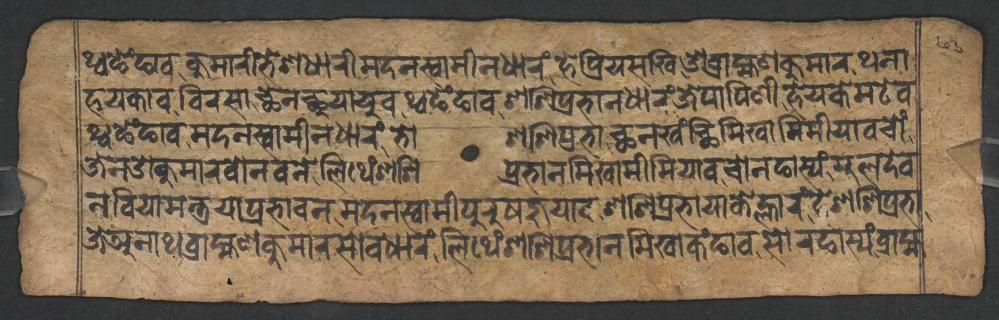
𑐠𑑂𑐰𑐒𑐾𑑄𑐒𑐵𑐰𑐎𑐸𑐩𑐵𑐬𑐷𑐨𑐾𑐱𑐢𑐵𑐬𑐷𑐩𑐡𑐣𑐳𑑂𑐰𑐵𑐩𑐷𑐣𑐢𑐵𑐬𑑄𑐴𑐾𑐥𑑂𑐬𑐶𑐫𑐳𑐏𑐶𑐌𑐧𑑂𑐬𑐵𑐴𑑂𑐩𑐞𑐎𑐸𑐩𑐵𑐬𑐠𑐣𑐵 𑐴𑐫𑐎𑐵𑐰𑐧𑐶𑐬𑐳𑐵𑐕𑐾𑐣𑐕𑐸𑐫𑐵𑐫𑐸𑐰𑐠𑑂𑐰𑐒𑐾𑑄𑐒𑐵𑐰𑐱𑐱𑐶𑐥𑑂𑐬𑐨𑐵𑐣𑐢𑐵𑐬𑑄𑐖𑐾𑐥𑐵𑐥𑐶𑐞𑐷𑐴𑐾𑐫𑐎𑐾𑐩𑐚𑐾𑐰 𑐠𑑂𑐰𑐒𑐾𑑄𑐒𑐵𑐰𑐩𑐡𑐣𑐳𑑂𑐰𑐵𑐩𑐷𑐣𑐢𑐵𑐬𑑄𑐨𑑀𑐱𑐱𑐶𑐥𑑂𑐬𑐨𑐵𑐕𑐣𑐏𑑄𑐕𑐶𑐩𑐶𑐏𑐵𑐩𑐶𑐩𑐷𑐫𑐵𑐰𑐔𑑀𑑄 𑐖𑐾𑐣𑐌𑐎𑐸𑐩𑐵𑐬𑐧𑑀𑐣𑐰𑐣𑐾𑐮𑐶𑐠𑐾𑑄𑐱𑐱𑐶𑐥𑑂𑐬𑐨𑐵𑐣𑐩𑐶𑐏𑐵𑐩𑐷𑐩𑐶𑐫𑐵𑐰𑐔𑑀𑐣𑐒𑐵𑐳𑑂𑐫𑑄𑐩𑐸𑐮𑐡𑐾𑐰 𑐣𑐧𑐶𑐫𑐵𑐩𑐣𑑂𑐟𑑂𑐬𑐫𑐵𑐥𑑂𑐬𑐨𑐵𑐰𑐣𑐩𑐡𑐣𑐳𑑂𑐰𑐵𑐩𑐷𑐥𑐸𑐬𑐸𑐲𑐖𑐸𑐫𑐵𑐰𑐱𑐱𑐶𑐥𑑂𑐬𑐨𑐵𑐫𑐵𑐎𑐾𑐮𑑂𑐴𑐵𑐬𑑄𑐴𑐾𑐱𑐱𑐶𑐥𑑂𑐬𑐨𑐵 𑐖𑐾𑐀𑐣𑐵𑐠𑐧𑑂𑐬𑐵𑐴𑑂𑐩𑐞𑐎𑐸𑐩𑐵𑐬𑐳𑑀𑐰𑐢𑐵𑐬𑑄𑐮𑐶𑐠𑐾𑑄𑐱𑐱𑐶𑐥𑑂𑐬𑐨𑐵𑐣𑐩𑐶𑐏𑐵𑐎𑑄𑐒𑐵𑐰𑐳𑑀𑐬𑐒𑐵𑐳𑑂𑐫𑑄𑐧𑑂𑐬𑐵𑐴𑑂𑐩